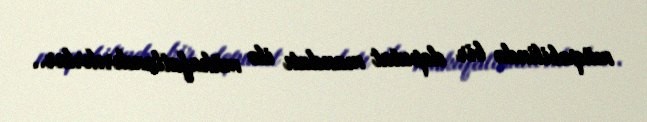
müqabilində bir deputat mandatı ilə mükafatlandırılırlar..